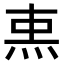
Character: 𤈂